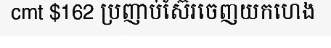
cmt $162 ប្រញាប់ស៊ែរចេញយកហេង